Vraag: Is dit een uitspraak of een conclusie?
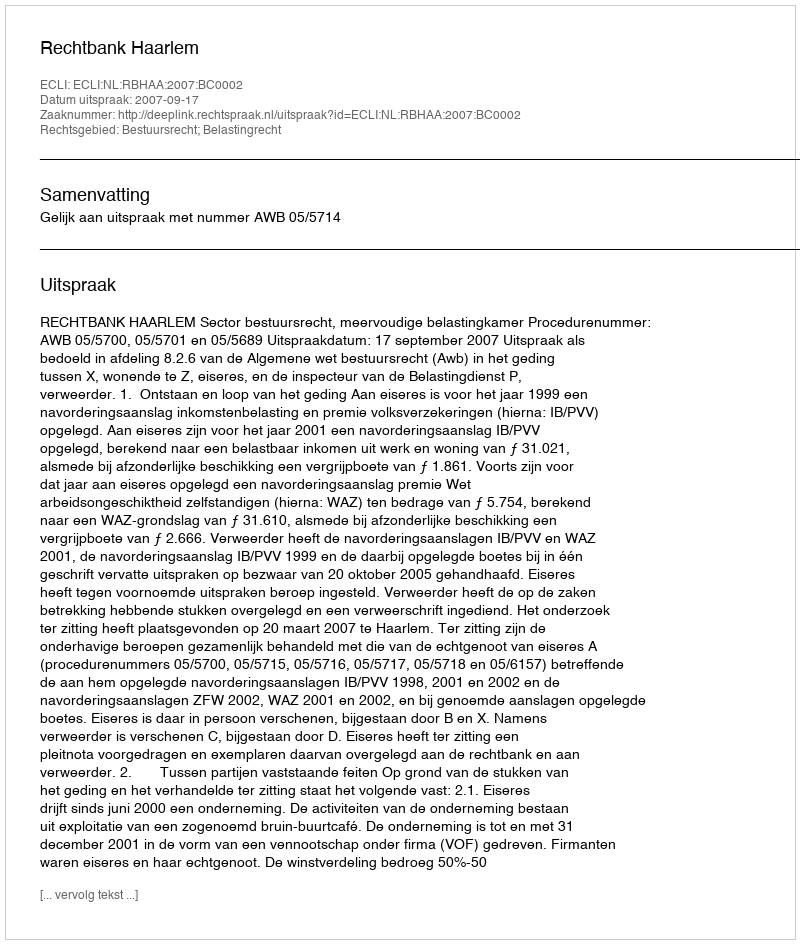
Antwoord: Uitspraak